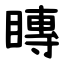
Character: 䁣